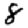
Digit: 8